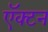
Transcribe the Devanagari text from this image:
ऍक्टन